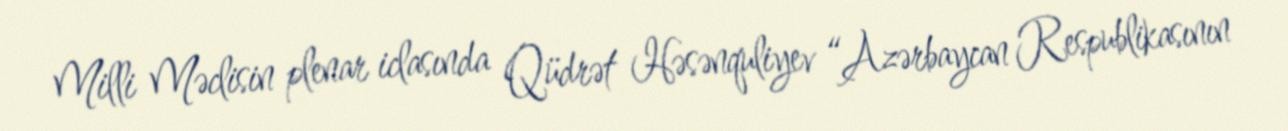
Milli Məclisin plenar iclasında Qüdrət Həsənquliyev “Azərbaycan Respublikasının